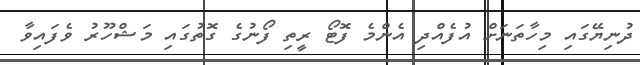
ދުނިޔޭގައި މިހާތަނަށް އުފެއްދި އެންމެ ފޮޓޯ ރީތި ފޯނުގެ ގޮތުގައި މަޝްހޫރު ވެފައިވާ